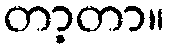
တာ့တာ။